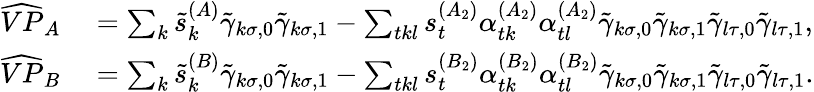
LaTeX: \begin{array}{rl}{\widehat{VP}_{A}}&{{}=\sum_{k}\tilde{s}_{k}^{(A)}\tilde{\gamma}_{k\sigma,0}\tilde{\gamma}_{k\sigma,1}-\sum_{tkl}s_{t}^{(A_{2})}\alpha_{tk}^{(A_{2})}\alpha_{tl}^{(A_{2})}\tilde{\gamma}_{k\sigma,0}\tilde{\gamma}_{k\sigma,1}\tilde{\gamma}_{l\tau,0}\tilde{\gamma}_{l\tau,1},}\\ {\widehat{VP}_{B}}&{{}=\sum_{k}\tilde{s}_{k}^{(B)}\tilde{\gamma}_{k\sigma,0}\tilde{\gamma}_{k\sigma,1}-\sum_{tkl}s_{t}^{(B_{2})}\alpha_{tk}^{(B_{2})}\alpha_{tl}^{(B_{2})}\tilde{\gamma}_{k\sigma,0}\tilde{\gamma}_{k\sigma,1}\tilde{\gamma}_{l\tau,0}\tilde{\gamma}_{l\tau,1}.}\end{array}